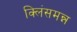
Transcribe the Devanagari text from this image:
क्लिंसमन्न